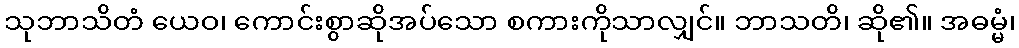
သုဘာသိတံ ယေဝ၊ ကောင်းစွာဆိုအပ်သော စကားကိုသာလျှင်။ ဘာသတိ၊ ဆို၏။ အဓမ္မံ၊